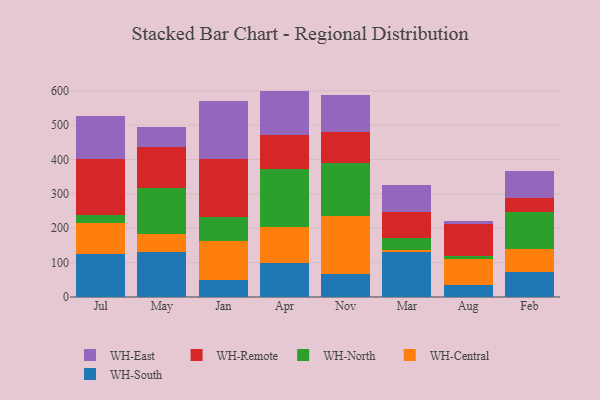
{"axis": {"x": "Month", "y": "Tickets Resolved"}, "legend": ["WH-Central", "WH-East", "WH-North", "WH-Remote", "WH-South"], "data": [{"x": "Jul", "y": 124.7, "type": "WH-South"}, {"x": "Jul", "y": 90.6, "type": "WH-Central"}, {"x": "Jul", "y": 23.4, "type": "WH-North"}, {"x": "Jul", "y": 163.3, "type": "WH-Remote"}, {"x": "Jul", "y": 125.1, "type": "WH-East"}, {"x": "May", "y": 131.6, "type": "WH-South"}, {"x": "May", "y": 51.6, "type": "WH-Central"}, {"x": "May", "y": 134.7, "type": "WH-North"}, {"x": "May", "y": 119.1, "type": "WH-Remote"}, {"x": "May", "y": 57.8, "type": "WH-East"}, {"x": "Jan", "y": 48.5, "type": "WH-South"}, {"x": "Jan", "y": 113.5, "type": "WH-Central"}, {"x": "Jan", "y": 69.3, "type": "WH-North"}, {"x": "Jan", "y": 171.4, "type": "WH-Remote"}, {"x": "Jan", "y": 168.2, "type": "WH-East"}, {"x": "Apr", "y": 98.7, "type": "WH-South"}, {"x": "Apr", "y": 103.8, "type": "WH-Central"}, {"x": "Apr", "y": 169.3, "type": "WH-North"}, {"x": "Apr", "y": 98.6, "type": "WH-Remote"}, {"x": "Apr", "y": 129.3, "type": "WH-East"}, {"x": "Nov", "y": 67.9, "type": "WH-South"}, {"x": "Nov", "y": 168.7, "type": "WH-Central"}, {"x": "Nov", "y": 153.6, "type": "WH-North"}, {"x": "Nov", "y": 88.4, "type": "WH-Remote"}, {"x": "Nov", "y": 107.8, "type": "WH-East"}, {"x": "Mar", "y": 130.6, "type": "WH-South"}, {"x": "Mar", "y": 6.1, "type": "WH-Central"}, {"x": "Mar", "y": 36.0, "type": "WH-North"}, {"x": "Mar", "y": 75.0, "type": "WH-Remote"}, {"x": "Mar", "y": 77.2, "type": "WH-East"}, {"x": "Aug", "y": 33.7, "type": "WH-South"}, {"x": "Aug", "y": 76.4, "type": "WH-Central"}, {"x": "Aug", "y": 9.1, "type": "WH-North"}, {"x": "Aug", "y": 92.8, "type": "WH-Remote"}, {"x": "Aug", "y": 9.0, "type": "WH-East"}, {"x": "Feb", "y": 74.1, "type": "WH-South"}, {"x": "Feb", "y": 66.3, "type": "WH-Central"}, {"x": "Feb", "y": 108.3, "type": "WH-North"}, {"x": "Feb", "y": 39.1, "type": "WH-Remote"}, {"x": "Feb", "y": 78.5, "type": "WH-East"}]}